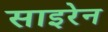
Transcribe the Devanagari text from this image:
साइरेन